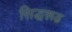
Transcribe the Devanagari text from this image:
सिद्धरूढ